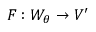
F : W _ { \theta } \to V ^ { \prime }